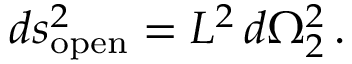
d s _ { \mathrm { o p e n } } ^ { 2 } = L _ { \vphantom 2 } ^ { 2 } \, d \Omega _ { 2 } ^ { 2 } \, .